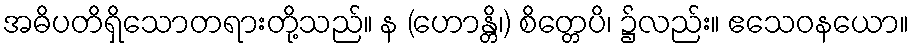
အဓိပတိရှိသောတရားတို့သည်။ န (ဟောန္တိ၊) စိတ္တေပိ၊ ၌လည်း။ ဧသေဝနယော။